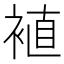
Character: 𫌁